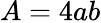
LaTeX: A=4ab